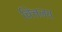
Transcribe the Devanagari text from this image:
चित्तलय